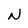
Character: N